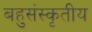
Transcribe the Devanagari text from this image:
बहुसंस्कृतीय